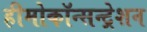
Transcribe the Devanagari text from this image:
हीमोकॉन्सन्ट्रेशन